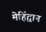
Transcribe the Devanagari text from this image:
मेहिंद्वान